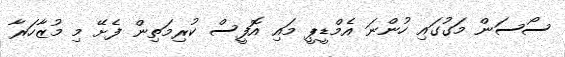
ސޯސަން މަގުގައި ހުންނަ އެމްޑީޕީ މައި އޮފީސް ކުރިމަތިން ފެށޭ މި މުޒާހަރާ